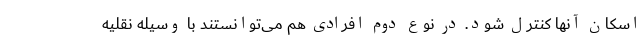
اسکان آنها کنترل شود. در نوع دوم افرادی هم می‌توانستند با وسیله نقلیه